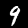
Label: 9